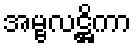
အမ္ဗလဋ္ဌိကာ